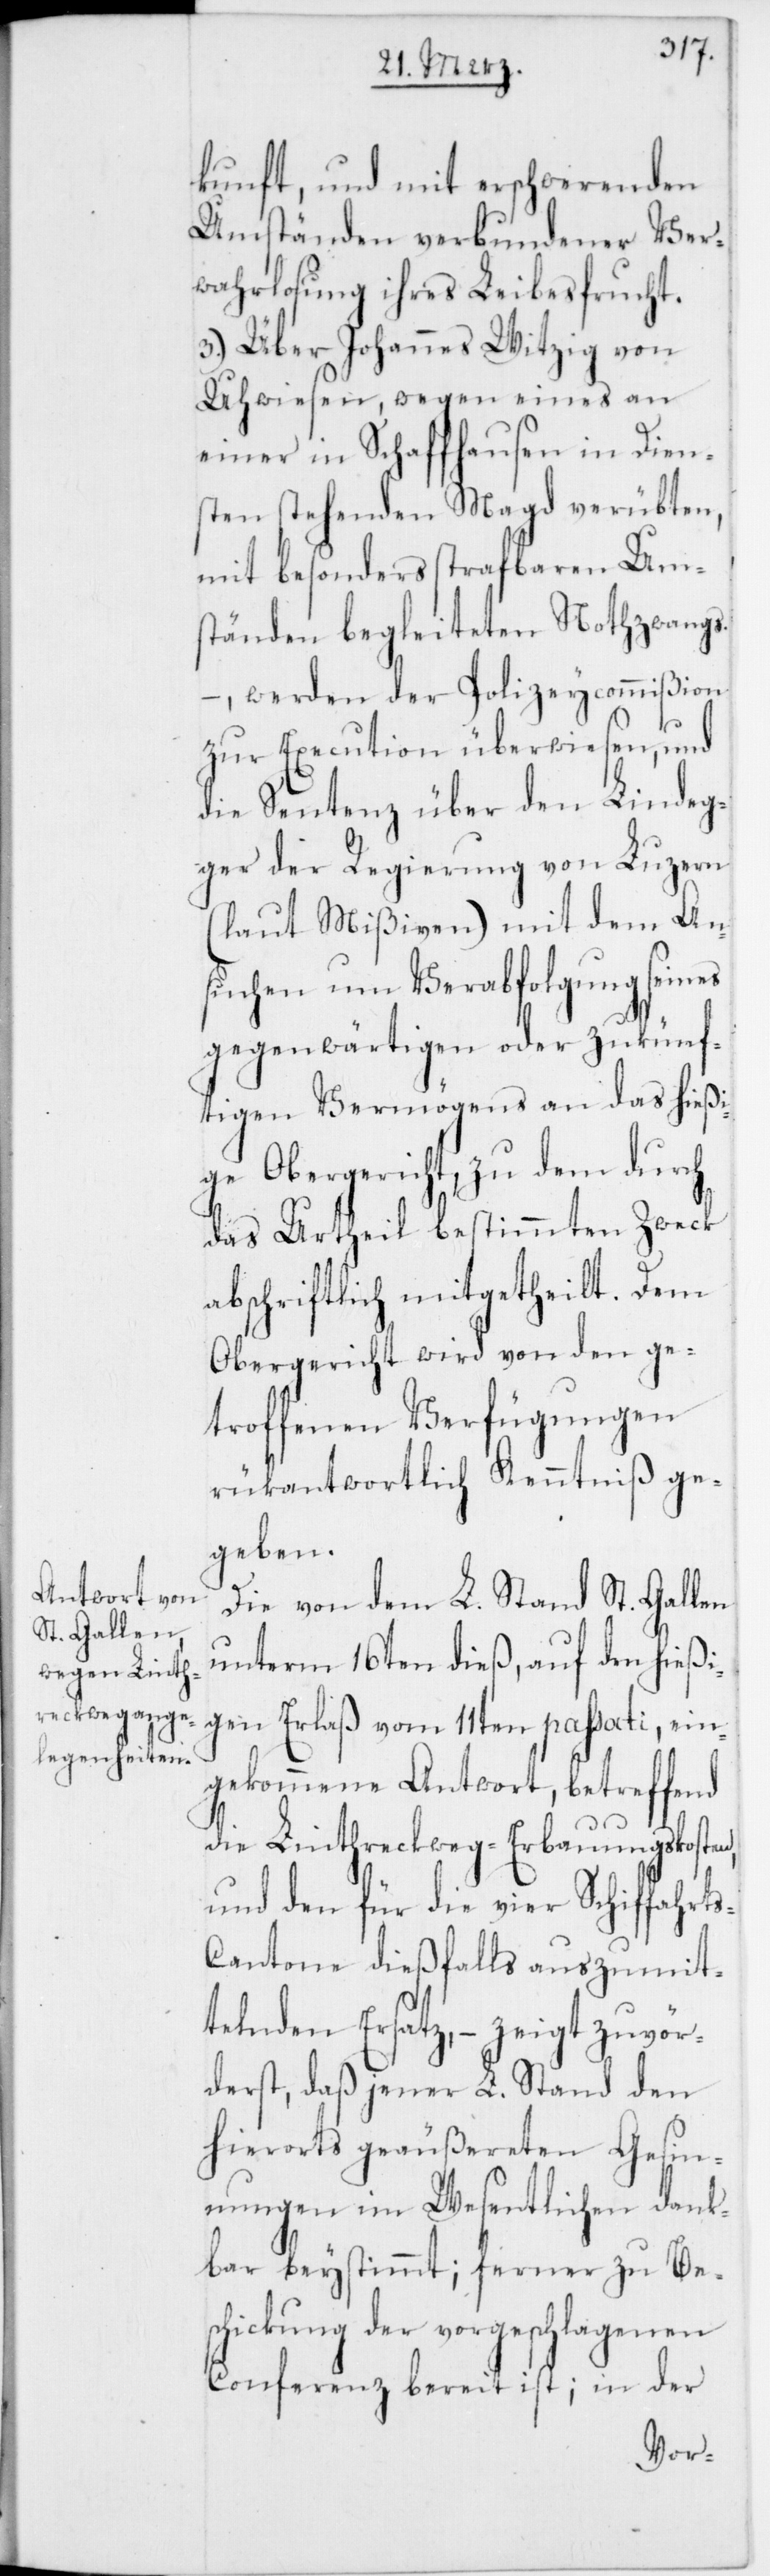
kunft, und mit erschwerenden
Umständen verbundener Ver¬
wahrlosung ihrer Leibesfrucht.
3.) Über Johannes Witzig von
Uhwiesen, wegen eines an
einer in Schaffhausen in Dien¬
sten stehenden Magd verübten,
mit besonders strafbaren Ums¬
tänden begleiteten Nothzwangs,
– werden der Polizeycommißion
zur Execution überwiesen, und
die Sentenz über den Lindeg¬
ger der Regierung von Luzern
(laut Mißiven) mit dem An¬
suchen um Verabfolgung seines
gegenwärtigen oder zukünf¬
tigen Vermögens an das hießi¬
ge Obergericht, zu dem durch
das Urtheil bestimmten Zweck
abschriftlich mitgetheilt. Dem
Obergericht wird von den ge¬
troffenen Verfügungen
rükantwortlich Kenntniß ge¬
geben.
Die von dem L. Stand St. Gallen
unterm 16ten dieß, auf den hießi¬
gen Erlaß vom 11ten passati, ein¬
gekommene Antwort, betreffend
die Linthreckweg-Erbauungskosten,
und den für die vier Schiffahrt¬
s-Cantone dießfalls auszumit¬
telnden Ersatz, – zeigt zuvör¬
derst, daß jener L. Stand den
hierorts geäußereten Gesin¬
nungen im Wesentlichen dank¬
bar beystimmt; ferner zu Bes¬
chickung der vorgeschlagenen
Conferenz bereit ist; in der